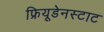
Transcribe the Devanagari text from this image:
फ्रियूडेनस्टाट